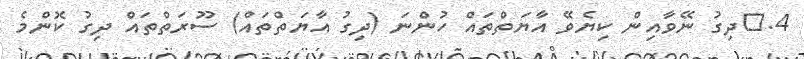
4.	ދިގު ނޭވާއިން ކިޔެވޭ އާޔަތްތައް ހުންނަ (ދިގު އާޔަތްތައް) ސޫރަތްތައް ދިގު ކޮންމެ